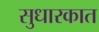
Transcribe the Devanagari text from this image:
सुधारकात